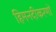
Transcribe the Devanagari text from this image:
हिमनदीकरणों